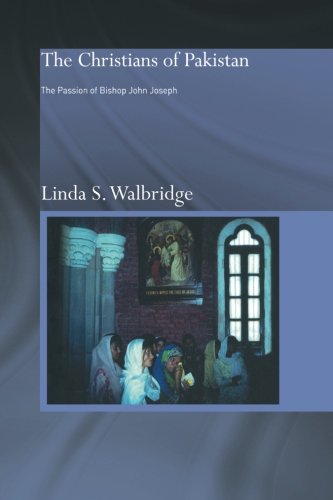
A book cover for The Christians of Pakistan: The Passion of Bishop John Joseph; Linda Walbridge; History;